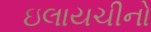
ઇલાયચીનો